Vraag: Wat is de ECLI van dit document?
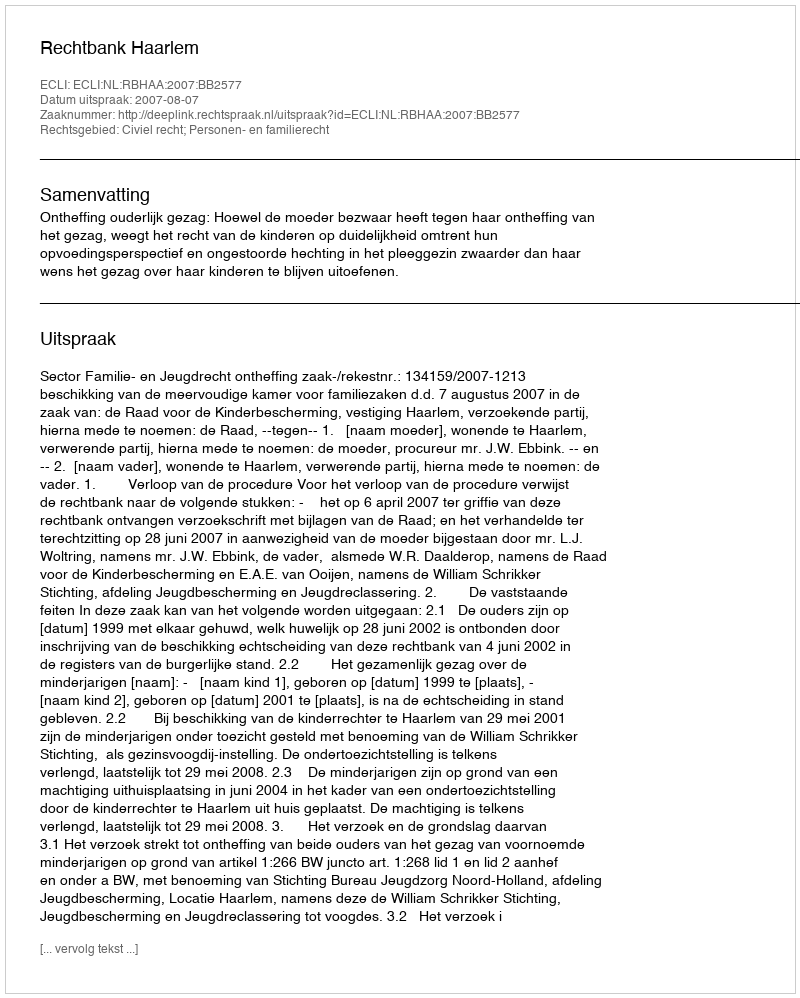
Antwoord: ECLI:NL:RBHAA:2007:BB2577